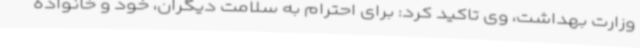
وزارت بهداشت، وی تاکید کرد: برای احترام به سلامت دیگران، خود و خانواده